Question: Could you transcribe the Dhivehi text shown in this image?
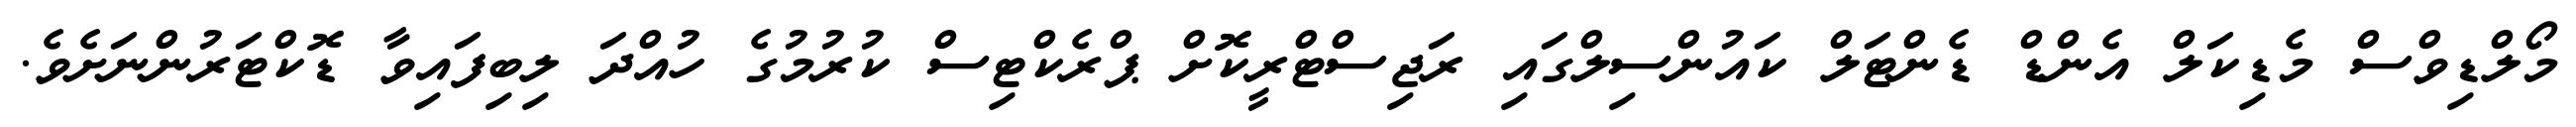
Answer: މޯލްޑިވްސް މެޑިކަލް އެންޑް ޑެންޓަލް ކައުންސިލްގައި ރަޖިސްޓްރީކޮށް ޕްރެކްޓިސް ކުރުމުގެ ހުއްދަ ލިބިފައިވާ ޑޮކްޓަރުންނަށެވެ.